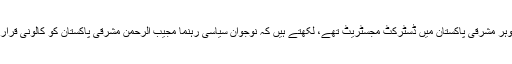
الطاف گوہر مشرقی پاکستان میں ڈسٹرکٹ مجسٹریٹ تھے، لکھتے ہیں کہ نوجوان سیاسی رہنما مجیب الرحمٰن مشرقی پاکستان کو کالونی قرار دیتا تھا۔